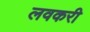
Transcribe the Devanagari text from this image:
लवकरी